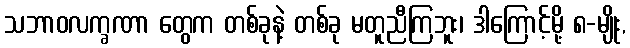
သဘာဝလက္ခဏာ တွေက တစ်ခုနဲ့ တစ်ခု မတူညီကြဘူး၊ ဒါကြောင့်မို့ ၈-မျိုး,